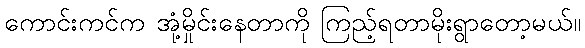
ကောင်းကင်က အုံ့မှိုင်းနေတာကို ကြည့်ရတာမိုးရွာတော့မယ်။